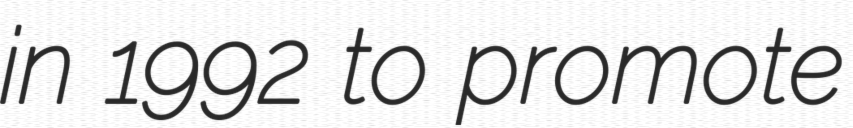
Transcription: in 1992 to promote